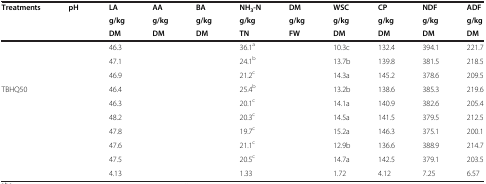
<table><thead><tr><td rowspan="2"><b>Treatments</b></td><td rowspan="2"><b>pH</b></td><td><b>LA</b></td><td><b>AA</b></td><td><b>BA</b></td><td><b>NH<sub>3</sub>-N</b></td><td><b>DM</b></td><td><b>WSC</b></td><td><b>CP</b></td><td><b>NDF</b></td><td><b>ADF</b></td></tr><tr><td><b>g/kg</b></td><td><b>g/kg</b></td><td><b>g/kg</b></td><td><b>g/kg</b></td><td><b>g/kg</b></td><td><b>g/kg</b></td><td><b>g/kg</b></td><td><b>g/kg</b></td><td><b>g/kg</b></td></tr><tr><td>[EMPTY_CELL]</td><td>[EMPTY_CELL]</td><td><b>DM</b></td><td><b>DM</b></td><td><b>DM</b></td><td><b>TN</b></td><td><b>FW</b></td><td><b>DM</b></td><td><b>DM</b></td><td><b>DM</b></td><td><b>DM</b></td></tr></thead><tbody><tr><td>[EMPTY_CELL]</td><td>[EMPTY_CELL]</td><td>46.3</td><td>[EMPTY_CELL]</td><td>[EMPTY_CELL]</td><td>36.1<sup>a</sup></td><td>[EMPTY_CELL]</td><td>10.3c</td><td>132.4</td><td>394.1</td><td>221.7</td></tr><tr><td>[EMPTY_CELL]</td><td>[EMPTY_CELL]</td><td>47.1</td><td>[EMPTY_CELL]</td><td>[EMPTY_CELL]</td><td>24.1<sup>b</sup></td><td>[EMPTY_CELL]</td><td>13.7b</td><td>139.8</td><td>381.5</td><td>218.5</td></tr><tr><td>[EMPTY_CELL]</td><td>[EMPTY_CELL]</td><td>46.9</td><td>[EMPTY_CELL]</td><td>[EMPTY_CELL]</td><td>21.2<sup>c</sup></td><td>[EMPTY_CELL]</td><td>14.3a</td><td>145.2</td><td>378.6</td><td>209.5</td></tr><tr><td>TBHQ50</td><td>[EMPTY_CELL]</td><td>46.4</td><td>[EMPTY_CELL]</td><td>[EMPTY_CELL]</td><td>25.4<sup>b</sup></td><td>[EMPTY_CELL]</td><td>13.2b</td><td>138.6</td><td>385.3</td><td>219.6</td></tr><tr><td>[EMPTY_CELL]</td><td>[EMPTY_CELL]</td><td>46.3</td><td>[EMPTY_CELL]</td><td>[EMPTY_CELL]</td><td>20.1<sup>c</sup></td><td>[EMPTY_CELL]</td><td>14.1a</td><td>140.9</td><td>382.6</td><td>205.4</td></tr><tr><td>[EMPTY_CELL]</td><td>[EMPTY_CELL]</td><td>48.2</td><td>[EMPTY_CELL]</td><td>[EMPTY_CELL]</td><td>20.3<sup>c</sup></td><td>[EMPTY_CELL]</td><td>14.5a</td><td>141.5</td><td>379.5</td><td>212.5</td></tr><tr><td>[EMPTY_CELL]</td><td>[EMPTY_CELL]</td><td>47.8</td><td>[EMPTY_CELL]</td><td>[EMPTY_CELL]</td><td>19.7<sup>c</sup></td><td>[EMPTY_CELL]</td><td>15.2a</td><td>146.3</td><td>375.1</td><td>200.1</td></tr><tr><td>[EMPTY_CELL]</td><td>[EMPTY_CELL]</td><td>47.6</td><td>[EMPTY_CELL]</td><td>[EMPTY_CELL]</td><td>21.1<sup>c</sup></td><td>[EMPTY_CELL]</td><td>12.9b</td><td>136.6</td><td>388.9</td><td>214.7</td></tr><tr><td>[EMPTY_CELL]</td><td>[EMPTY_CELL]</td><td>47.5</td><td>[EMPTY_CELL]</td><td>[EMPTY_CELL]</td><td>20.5<sup>c</sup></td><td>[EMPTY_CELL]</td><td>14.7a</td><td>142.5</td><td>379.1</td><td>203.5</td></tr><tr><td>[EMPTY_CELL]</td><td>[EMPTY_CELL]</td><td>4.13</td><td>[EMPTY_CELL]</td><td>[EMPTY_CELL]</td><td>1.33</td><td>[EMPTY_CELL]</td><td>1.72</td><td>4.12</td><td>7.25</td><td>6.57</td></tr></tbody></table>